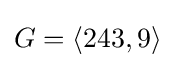
G=\langle 243,9\rangle